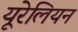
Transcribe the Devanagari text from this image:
यूरेलियन